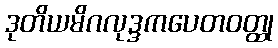
ဒုတိယမိဂလုဒ္ဒကပေတဝတ္ထု